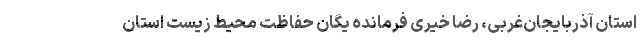
استان آذربایجان‌غربی، رضا خیری فرمانده یگان حفاظت محیط زیست استان